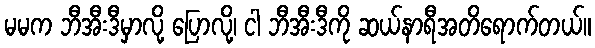
မမက ဘီအီးဒီမှာလို့ ပြောလို့၊ ငါ ဘီအီးဒီကို ဆယ်နာရီအတိရောက်တယ်။